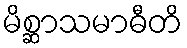
မိစ္ဆာသမာဓီတိ